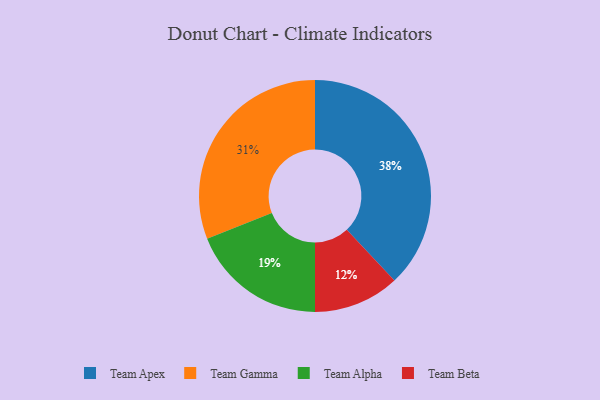
{"axis": {"x": "Category", "y": "Percentage"}, "legend": ["Team Alpha", "Team Apex", "Team Beta", "Team Gamma"], "data": [{"x": "Team Beta", "y": 12, "type": "Team Beta"}, {"x": "Team Alpha", "y": 19, "type": "Team Alpha"}, {"x": "Team Gamma", "y": 31, "type": "Team Gamma"}, {"x": "Team Apex", "y": 38, "type": "Team Apex"}]}